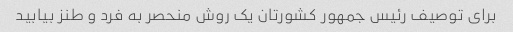
برای توصیف رئیس جمهور کشورتان یک روش منحصر به فرد و طنز بیابید